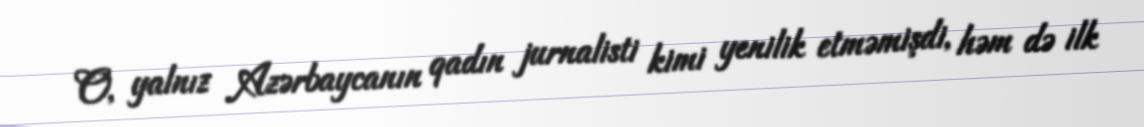
O, yalnız Azərbaycanın qadın jurnalisti kimi yenilik etməmişdi, həm də ilk